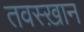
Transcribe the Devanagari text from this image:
तवस्ख़ान